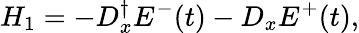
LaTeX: H_{1}=-D_{x}^{\dagger}E^{-}(t)-D_{x}E^{+}(t),